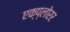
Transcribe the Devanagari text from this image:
एक्प्लोरर